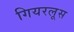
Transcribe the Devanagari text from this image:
गियरलूस